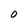
Character: 0